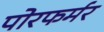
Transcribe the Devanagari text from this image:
पोरफर्मर